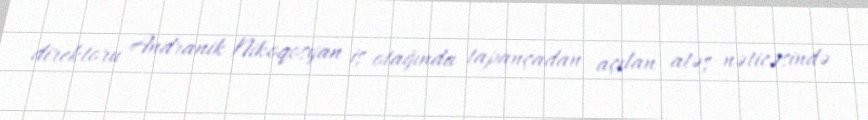
direktoru Andranik Nikoqosyan iş otağında tapançadan açılan atəş nəticəsində